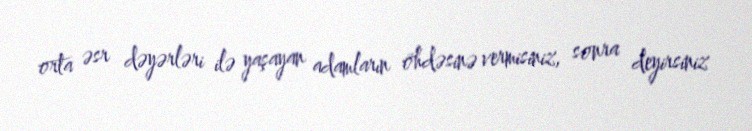
orta əsr dəyərləri ilə yaşayan adamların öhdəsinə vermisiniz, sonra deyirsiniz